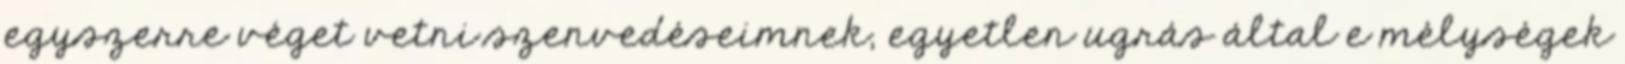
egyszerre véget vetni szenvedéseimnek, egyetlen ugrás által e mélységek